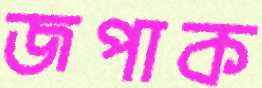
জপাক